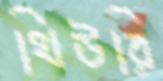
থিউরি